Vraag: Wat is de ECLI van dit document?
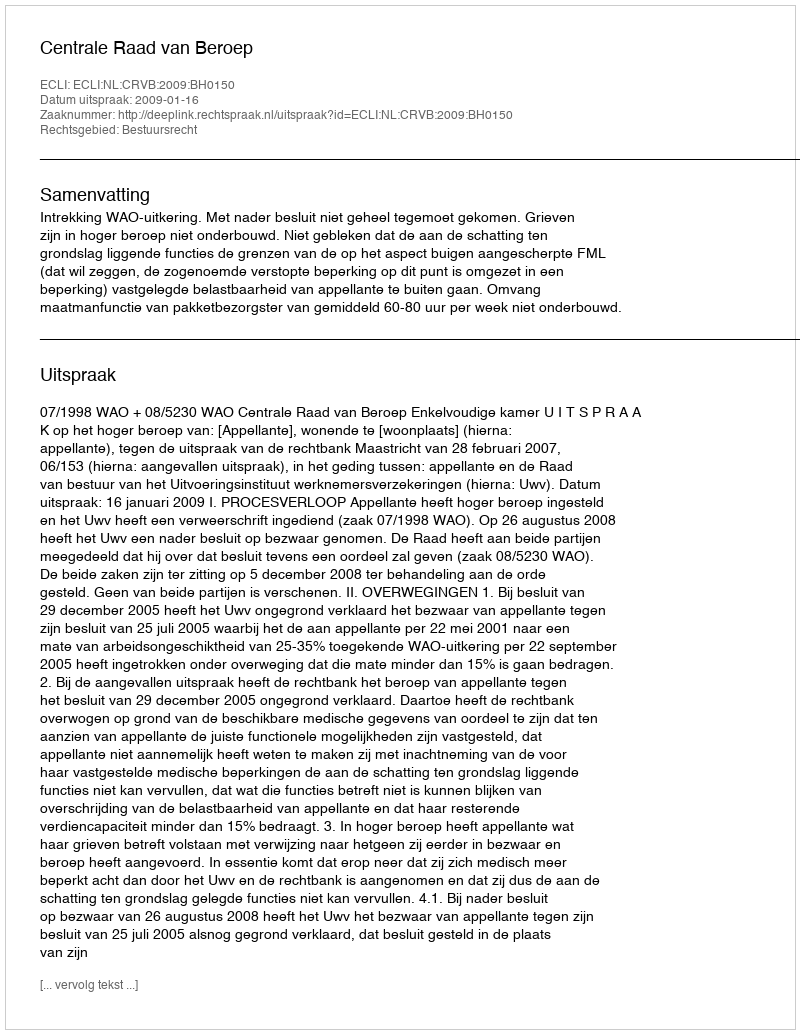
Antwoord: ECLI:NL:CRVB:2009:BH0150